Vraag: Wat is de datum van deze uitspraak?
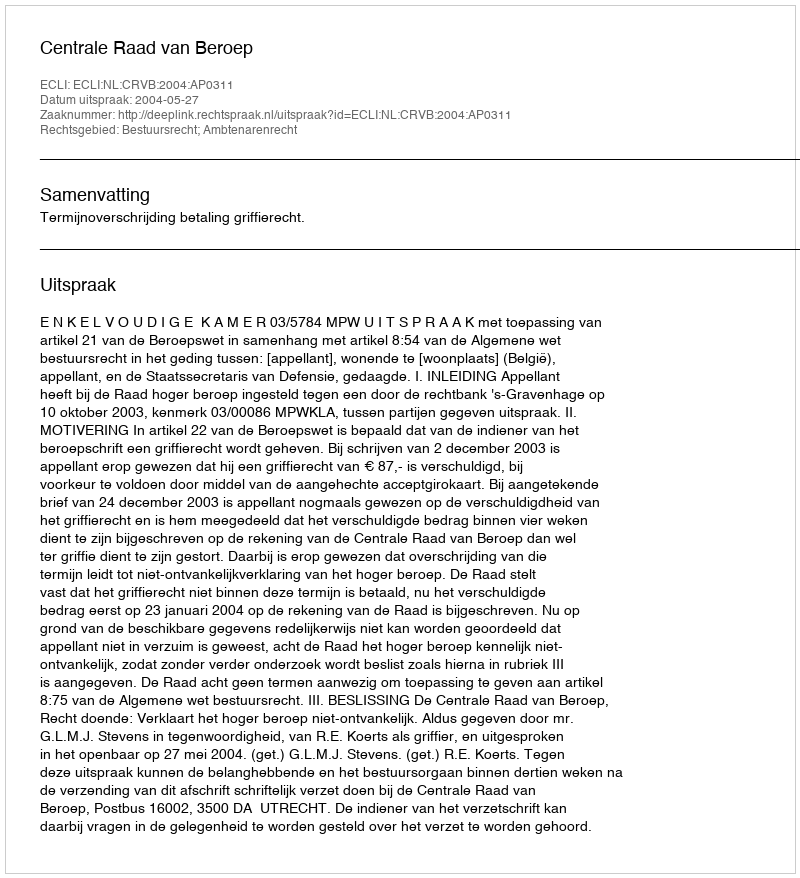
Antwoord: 2004-05-27